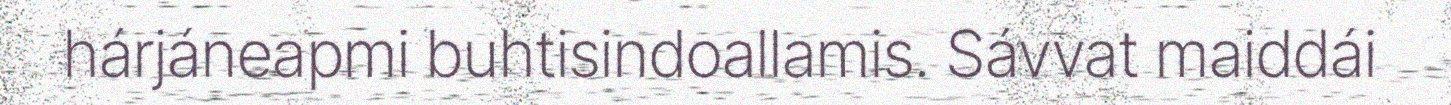
hárjáneapmi buhtisindoallamis. Sávvat maiddái